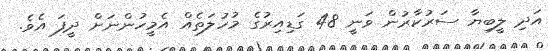
އަދި ލީބިޔާ ސަރުކާރުން ވަނީ 48 ގަޑިއިރުގެ މުހުލަތެއް އެމީހުންނަށް ދީފަ އެވެ.